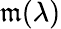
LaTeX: \mathfrak{m}(\lambda)